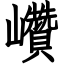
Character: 巑